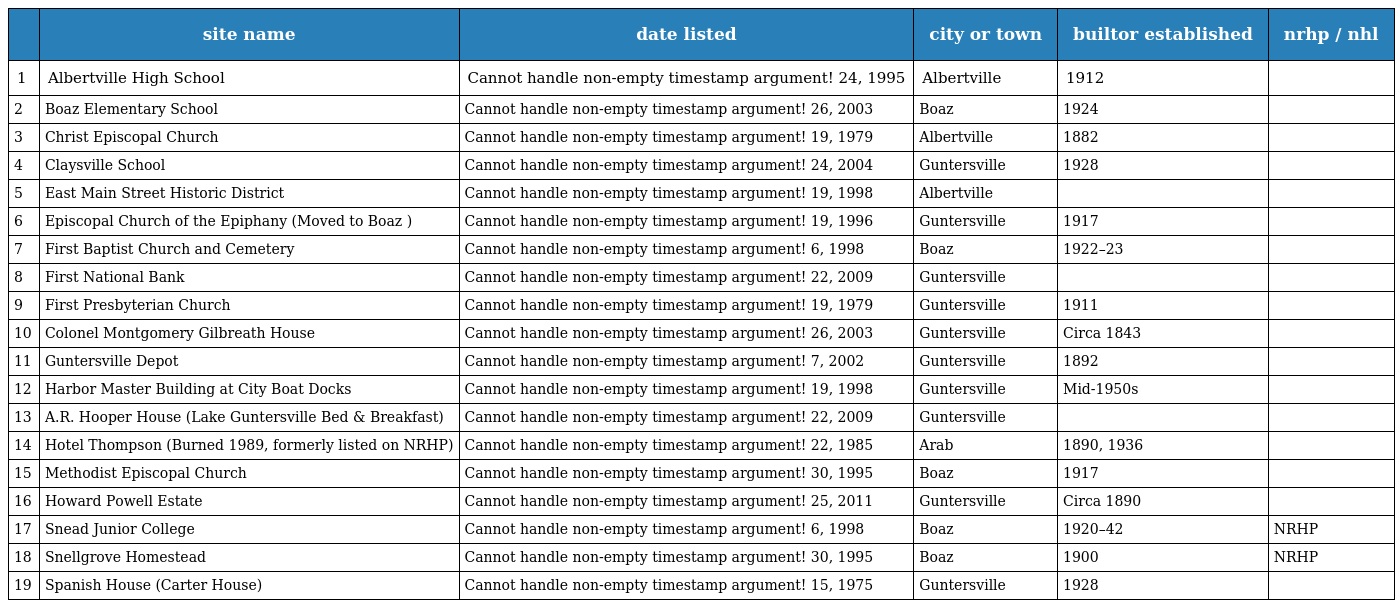
|  | site name | date listed | city or town | builtor established | nrhp / nhl |
 | --- | --- | --- | --- | --- | --- |
 | 1 | Albertville High School | Cannot handle non-empty timestamp argument! 24, 1995 | Albertville | 1912 |  |
 | 2 | Boaz Elementary School | Cannot handle non-empty timestamp argument! 26, 2003 | Boaz | 1924 |  |
 | 3 | Christ Episcopal Church | Cannot handle non-empty timestamp argument! 19, 1979 | Albertville | 1882 |  |
 | 4 | Claysville School | Cannot handle non-empty timestamp argument! 24, 2004 | Guntersville | 1928 |  |
 | 5 | East Main Street Historic District | Cannot handle non-empty timestamp argument! 19, 1998 | Albertville |  |  |
 | 6 | Episcopal Church of the Epiphany (Moved to Boaz ) | Cannot handle non-empty timestamp argument! 19, 1996 | Guntersville | 1917 |  |
 | 7 | First Baptist Church and Cemetery | Cannot handle non-empty timestamp argument! 6, 1998 | Boaz | 1922–23 |  |
 | 8 | First National Bank | Cannot handle non-empty timestamp argument! 22, 2009 | Guntersville |  |  |
 | 9 | First Presbyterian Church | Cannot handle non-empty timestamp argument! 19, 1979 | Guntersville | 1911 |  |
 | 10 | Colonel Montgomery Gilbreath House | Cannot handle non-empty timestamp argument! 26, 2003 | Guntersville | Circa 1843 |  |
 | 11 | Guntersville Depot | Cannot handle non-empty timestamp argument! 7, 2002 | Guntersville | 1892 |  |
 | 12 | Harbor Master Building at City Boat Docks | Cannot handle non-empty timestamp argument! 19, 1998 | Guntersville | Mid-1950s |  |
 | 13 | A.R. Hooper House (Lake Guntersville Bed & Breakfast) | Cannot handle non-empty timestamp argument! 22, 2009 | Guntersville |  |  |
 | 14 | Hotel Thompson (Burned 1989, formerly listed on NRHP) | Cannot handle non-empty timestamp argument! 22, 1985 | Arab | 1890, 1936 |  |
 | 15 | Methodist Episcopal Church | Cannot handle non-empty timestamp argument! 30, 1995 | Boaz | 1917 |  |
 | 16 | Howard Powell Estate | Cannot handle non-empty timestamp argument! 25, 2011 | Guntersville | Circa 1890 |  |
 | 17 | Snead Junior College | Cannot handle non-empty timestamp argument! 6, 1998 | Boaz | 1920–42 | NRHP |
 | 18 | Snellgrove Homestead | Cannot handle non-empty timestamp argument! 30, 1995 | Boaz | 1900 | NRHP |
 | 19 | Spanish House (Carter House) | Cannot handle non-empty timestamp argument! 15, 1975 | Guntersville | 1928 |  |